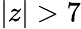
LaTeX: |z|>7